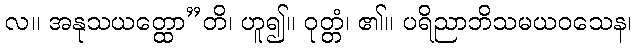
လ။ အနုသယတ္ထော”တိ၊ ဟူ၍။ ဝုတ္တံ၊ ၏။ ပရိညာဘိသမယဝသေန၊